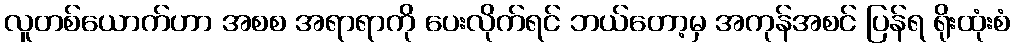
လူတစ်ယောက်ဟာ အစစ အရာရာကို ပေးလိုက်ရင် ဘယ်တော့မှ အကုန်အစင် ပြန်ရ ရိုးထုံးစံ